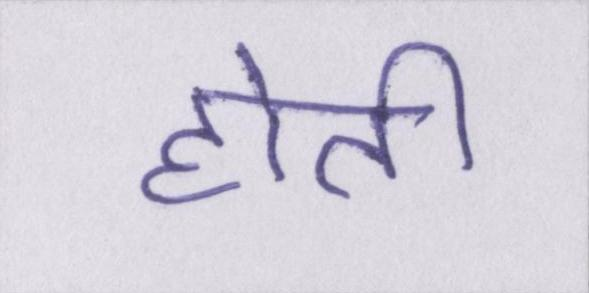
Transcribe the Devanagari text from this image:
होती